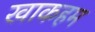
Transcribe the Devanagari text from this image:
खाकहम